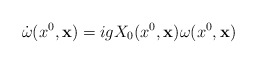
\begin{align*}\dot{\omega}(x^{0}, {\bf x}) = igX_{0}(x^{0}, {\bf x})\omega (x^{0}, {\bf x})\end{align*}